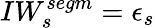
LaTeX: IW_{s}^{segm}=\epsilon_{s}